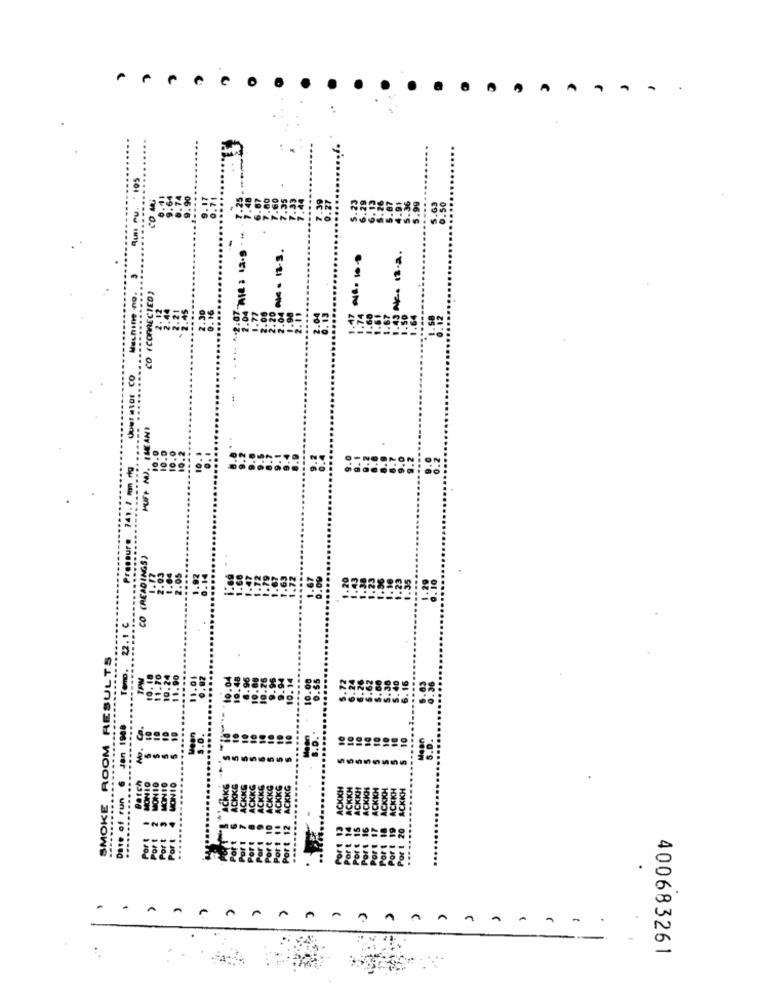
(CORRECTED)
...
Ror Co
O (READ
SMOKE ROOM RESULTS
=
=
Date of run
.
A
A
A
A
A
400683261